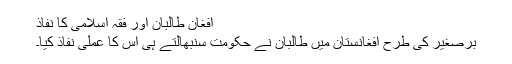
افغان طالبان اور فقہ اسلامی کا نفاذ
برصغیر کی طرح افغانستان میں طالبان نے حکومت سنبھالتے ہی اس کا عملی نفاذ کیا۔